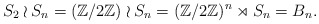
\begin{align*}S_2 \wr S_n = (\mathbb Z/2 \mathbb Z) \wr S_n = (\mathbb Z/2 \mathbb Z)^n \rtimes S_n = B_n.\end{align*}